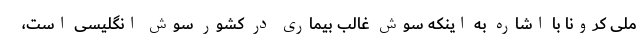
ملی کرونا با اشاره به اینکه سوش غالب بیماری در کشور سوش انگلیسی است،